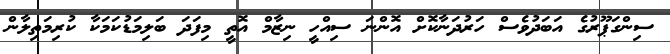
ސިންގަޕޫރުގެ އަބަދުވެސް ހަރުދަނާކޮށް އޮންނަ ސިއްހީ ނިޒާމް އޮތީ މިފަދަ ބަލިމަޑުކަމަކާ ކުރިމަތިލާން